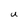
Character: U